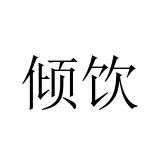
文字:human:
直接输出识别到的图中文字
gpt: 倾饮